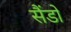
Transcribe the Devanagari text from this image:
सैंडो